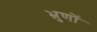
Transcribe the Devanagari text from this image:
भ्रुणों